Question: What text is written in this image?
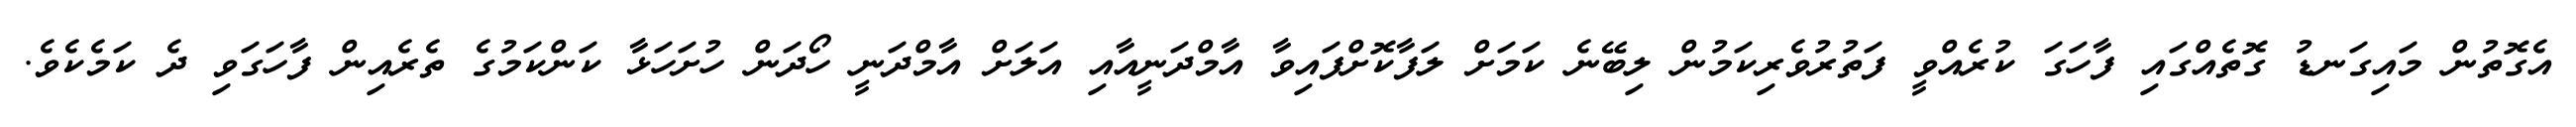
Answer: އެގޮތުން މައިގަނޑު ގޮތެއްގައި ފާހަގަ ކުރެއްވީ ފަތުރުވެރިކަމުން ލިބޭނެ ކަމަށް ލަފާކޮށްފައިވާ އާމްދަނީއާއި އަލަށް އާމްދަނީ ހޯދަން ހުށަހަޅާ ކަންކަމުގެ ތެރެއިން ފާހަގަވި ދެ ކަމެކެވެ.